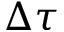
\Delta \tau